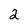
Character: 2